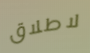
لاطلاق